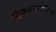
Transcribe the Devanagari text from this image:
शिवथरघळीच्या